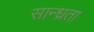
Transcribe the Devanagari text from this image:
सान्ध्रता